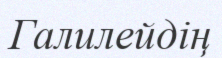
Галилейдің